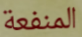
المنفعة